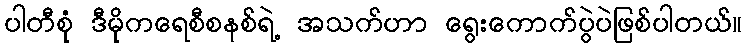
ပါတီစုံ ဒီမိုကရေစီစနစ်ရဲ့ အသက်ဟာ ရွေးကောက်ပွဲပဲဖြစ်ပါတယ်။